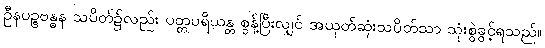
ဦနပဉ္စဗန္ဓန သပိတ်၌လည်း ပတ္တပရိယန္တ စွန့်ပြီးလျှင် အယုတ်ဆုံးသပိတ်သာ သုံးစွဲခွင့်ရသည်။